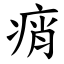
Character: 痟